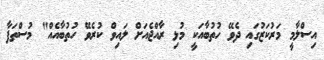
އިސްލާމީ މަރުކަޒުގައި ދެވޭ ހުތުބާއަކީ މުޅި ރާއްޖެއަށް ލައިވް ކުރެވޭ ހުތުބާއެއް" މުސްތަފާ